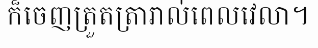
ក៏ចេញត្រួតត្រារាល់ពេលវេលា។